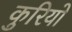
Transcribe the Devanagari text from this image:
कुरियो